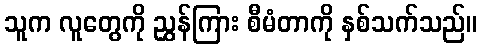
သူက လူတွေကို ညွှန်ကြား စီမံတာကို နှစ်သက်သည်။